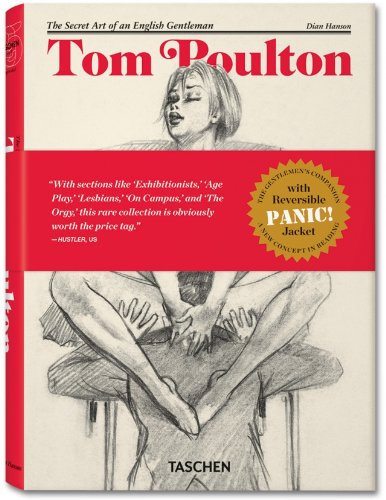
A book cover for Tom Poulton: The Secret Art of an English Gentleman; Jamie Maclean; Arts & Photography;